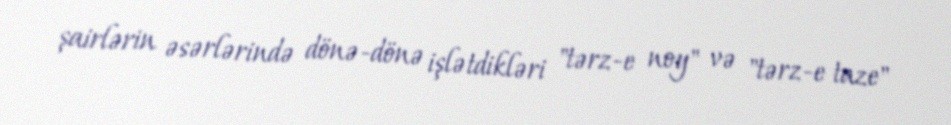
şairlərin əsərlərində dönə-dönə işlətdikləri "tərz-e noy" və "tərz-e taze"